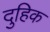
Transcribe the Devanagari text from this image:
दुहिक